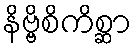
နိဗ္ဗိစိကိစ္ဆာ